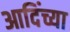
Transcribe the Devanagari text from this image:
आदिंच्या